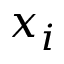
x _ { i }